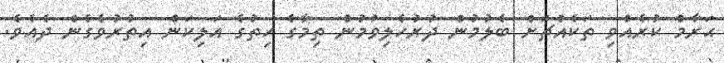
ޙަރާމް ކުރެއްވި ތަކެއްޗަށް ބެލުމުން ދުރުހެލިވުމުން ތިމާގެ ހިތުގެ އަލިކަން އިތުރުވެގެން ދެއެވެ.